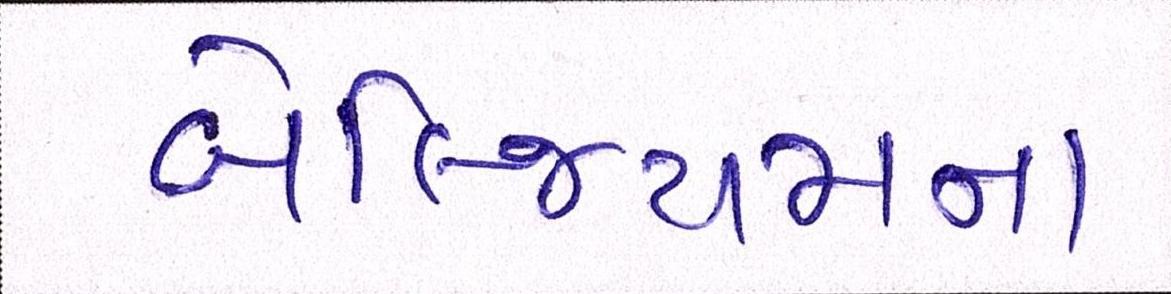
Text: બેલ્જિયમના